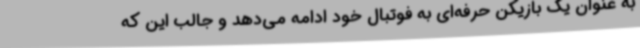
به عنوان یک بازیکن حرفه‌ای به فوتبال خود ادامه می‌دهد و جالب این که